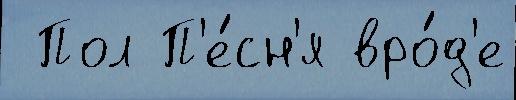
 Пол П'е́сн'я вро́д'е